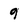
Character: 9